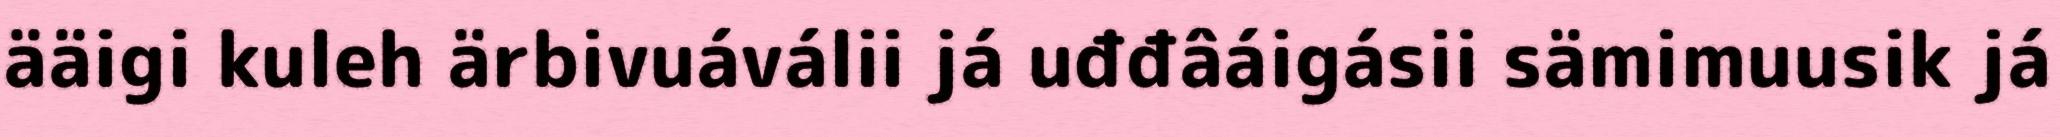
ääigi kuleh ärbivuáválii já uđđâáigásii sämimuusik já